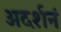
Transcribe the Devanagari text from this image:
अदर्शनं